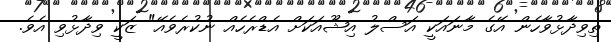
ތިވިދާޅުވާހެން އޭގެ މާނައަކީ އަސްލު އިޝޫއަކަށް އެޑްރެހެއް ނުކުރެވެއޭ" ޒަކީ ވިދާޅުވި އެވެ.